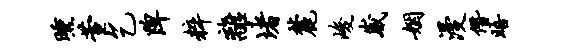
曛萱乞陴粹离堵麓峻崴姻漫僭晤